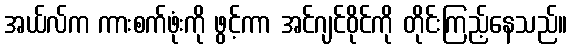
အယ်လ်က ကားစက်ဖုံးကို ဖွင့်ကာ အင်ဂျင်ဝိုင်ကို တိုင်းကြည့်နေသည်။